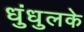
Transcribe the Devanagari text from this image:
धुंधुलके